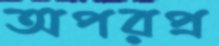
অপরপ্র